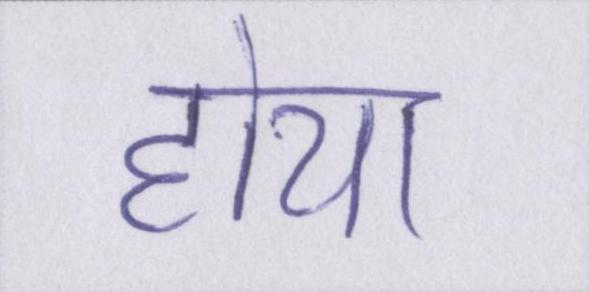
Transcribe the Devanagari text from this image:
होया